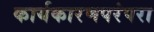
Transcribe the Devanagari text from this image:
कार्यकारणपरंपरा